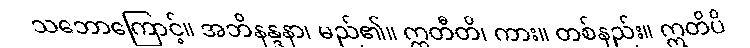
သဘောကြောင့်။ အဘိနန္ဒနာ၊ မည်၏။ ဣတီတိ၊ ကား။ တစ်နည်း။ ဣတိပိ